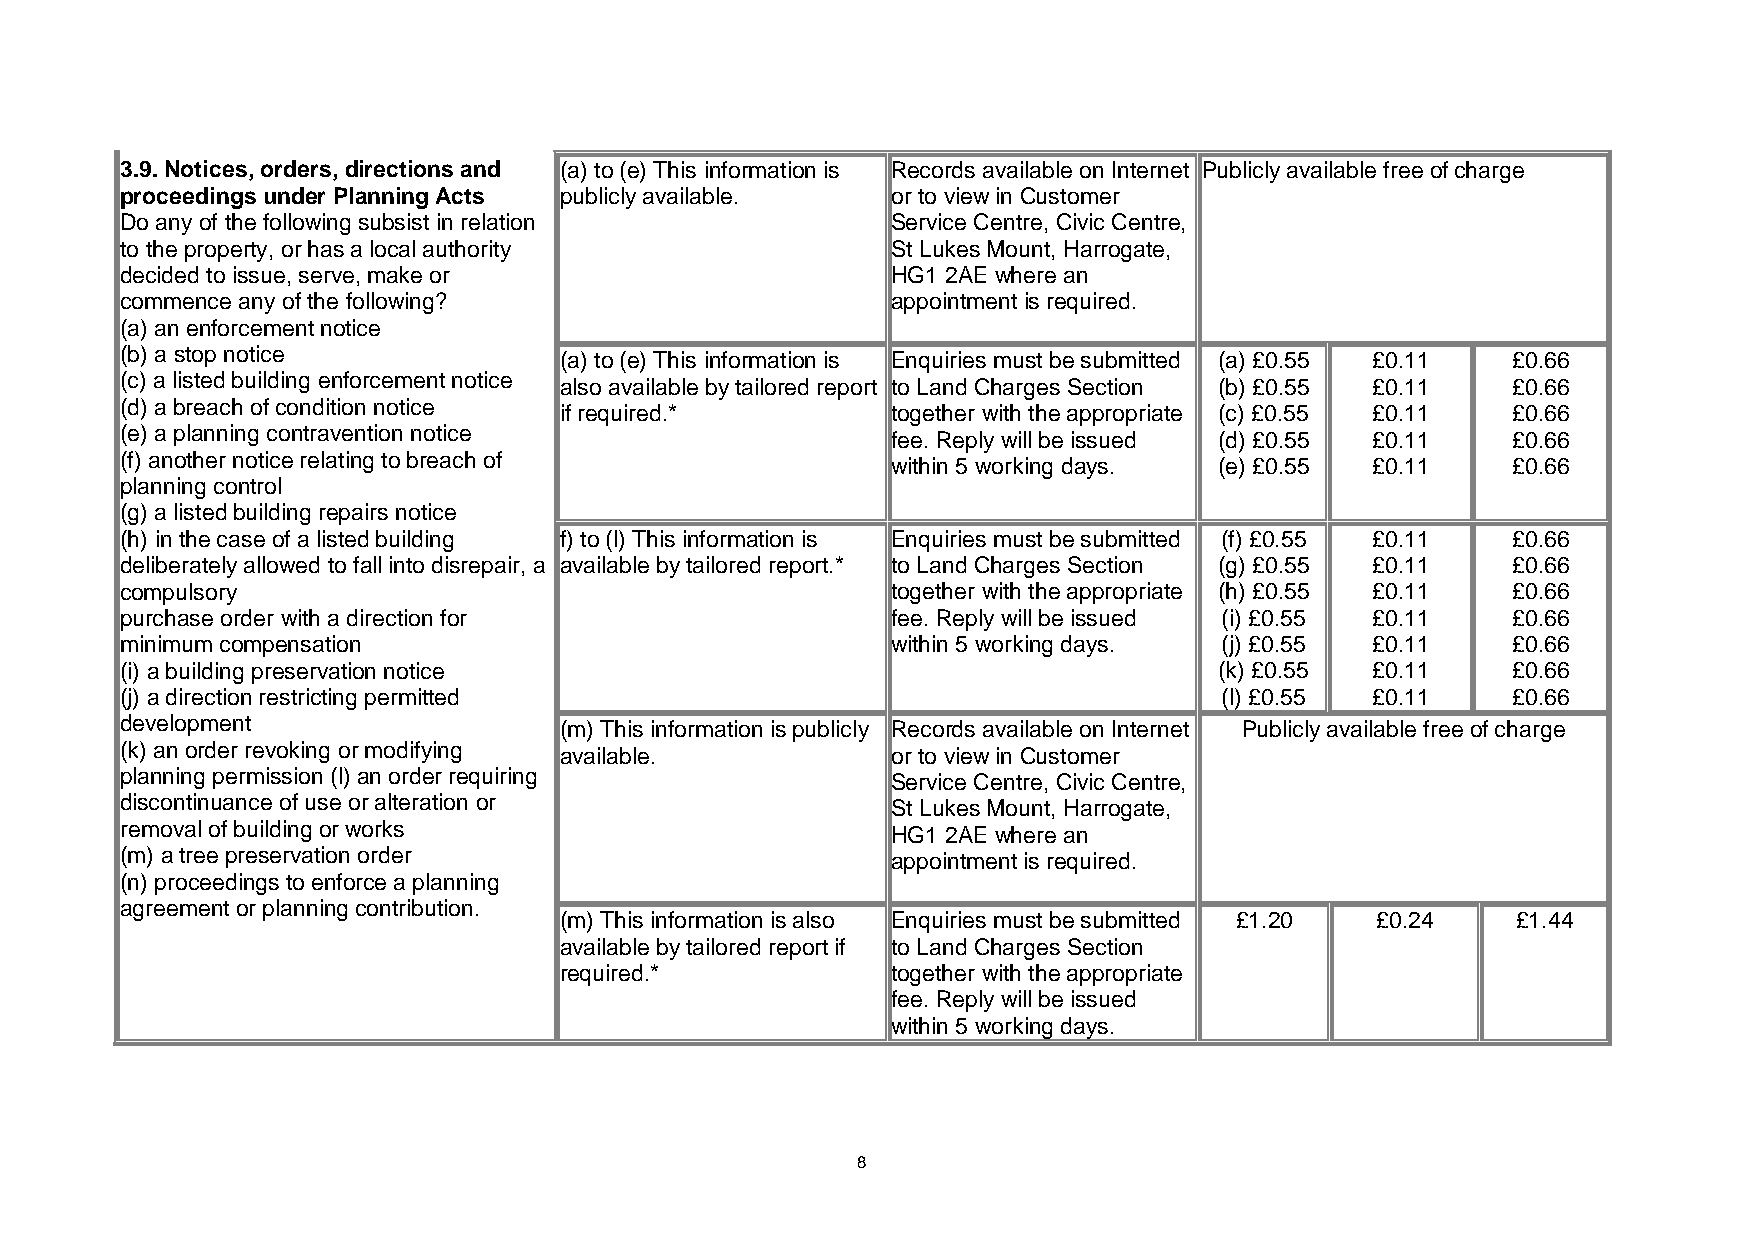
3.9. Notices, orders, directions and (a) to (e) This information is Records available on Internet Publicly available free of charge
 proceedings under Planning Acts publicly available. or to view in Customer
 Do any of the following subsist in relation        Service Centre, Civic Centre,
 to the property, or has a local authority          St Lukes Mount, Harrogate,
 decided to issue, serve, make or                   HG1 2AE where an
 commence any of the following?                     appointment is required.
 (a) an enforcement notice
 (b) a stop notice            (a) to (e) This information is Enquiries must be submitted (a) £0.55 £0.11 £0.66
 (c) a listed building enforcement notice also available by tailored report to Land Charges Section (b) £0.55 £0.11 £0.66
 (d) a breach of condition notice if required.*     together with the appropriate (c) £0.55 £0.11 £0.66
 (e) a planning contravention notice                fee. Reply will be issued (d) £0.55 £0.11 £0.66
 (f) another notice relating to breach of           within 5 working days. (e) £0.55 £0.11   £0.66
 planning control
 (g) a listed building repairs notice
 (h) in the case of a listed building f) to (l) This information is Enquiries must be submitted (f) £0.55 £0.11 £0.66
 deliberately allowed to fall into disrepair, a available by tailored report.* to Land Charges Section (g) £0.55 £0.11 £0.66
 compulsory                                         together with the appropriate (h) £0.55 £0.11 £0.66
 purchase order with a direction for                fee. Reply will be issued (i) £0.55 £0.11 £0.66
 minimum compensation                               within 5 working days. (j) £0.55 £0.11   £0.66
 (i) a building preservation notice                                       (k) £0.55 £0.11    £0.66
 (j) a direction restricting permitted                                    (l) £0.55 £0.11    £0.66
 development                  (m) This information is publicly Records available on Internet Publicly available free of charge
 (k) an order revoking or modifying available.      or to view in Customer
 planning permission (l) an order requiring         Service Centre, Civic Centre,
 discontinuance of use or alteration or             St Lukes Mount, Harrogate,
 removal of building or works                       HG1 2AE where an
 (m) a tree preservation order                      appointment is required.
 (n) proceedings to enforce a planning
 agreement or planning contribution.
 (m) This information is also Enquiries must be submitted £1.20 £0.24 £1.44
 available by tailored report if to Land Charges Section
 required.*            together with the appropriate
 fee. Reply will be issued
 within 5 working days.
 8